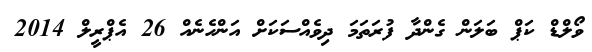
ވޯލްޑް ކަޕް ބަލަން ގެންދާ ފުރަތަމަ ދިވެއްސަކަށް އަންހެނެއް 26 އެޕްރީލް 2014